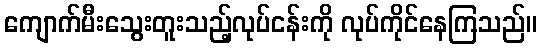
ကျောက်မီးသွေးတူးသည့်လုပ်ငန်းကို လုပ်ကိုင်နေကြသည်။